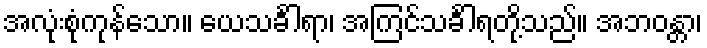
အလုံးစုံကုန်သော။ ယေသင်္ခါရာ၊ အကြင်သင်္ခါရတို့သည်။ အဘဝန္တာ၊